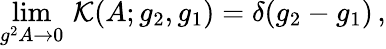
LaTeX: \operatorname*{lim}_{g^{2}A\to 0}\, \mathcal{K}(A;g_{2},g_{1})=\delta(g_{2}-g_{1})\, ,